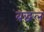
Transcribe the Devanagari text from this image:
बद्धल